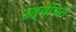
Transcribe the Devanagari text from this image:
उद्यीपन